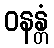
ဝနန္တံ